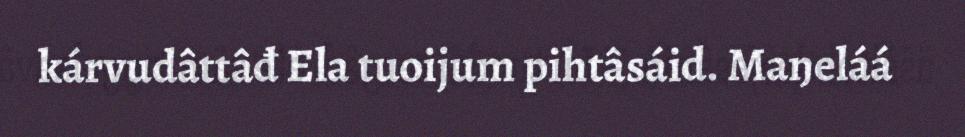
kárvudâttâđ Ela tuoijum pihtâsáid. Maŋeláá